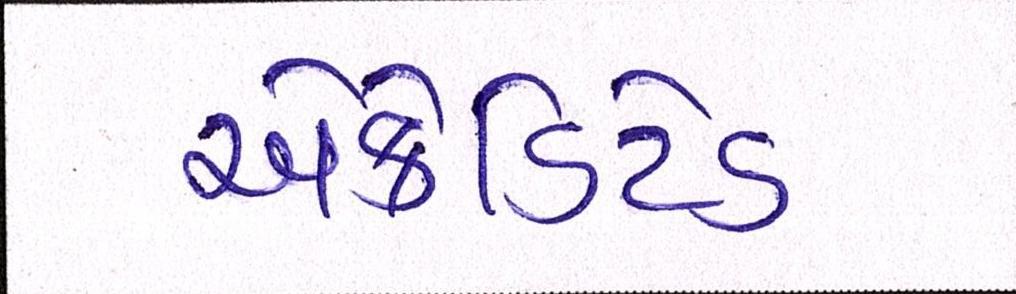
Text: એક્રેડિટેડ